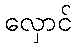
လှောင်